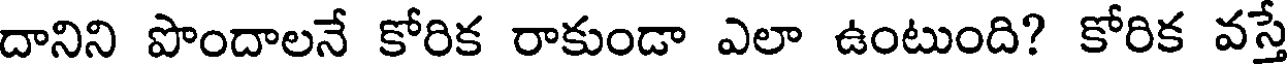
దానిని పొందాలనే కోరిక రాకుండా ఎలా ఉంటుంది? కోరిక వస్తే